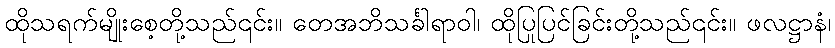
ထိုသရက်မျိုးစေ့တို့သည်၎င်း။ တေအဘိသင်္ခါရာဝါ၊ ထိုပြုပြင်ခြင်းတို့သည်၎င်း။ ဖလဋ္ဌာနံ၊